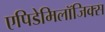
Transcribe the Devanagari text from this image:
एपिडेमिलॉजिक्स